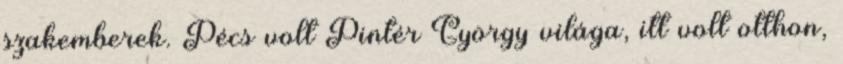
szakemberek. Pécs volt Pintér György világa, itt volt otthon,